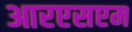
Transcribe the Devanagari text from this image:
आरएसएम